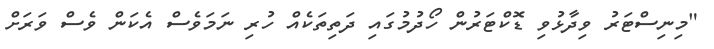
"މިނިސްޓަރު ވިދާޅުވި ޑޮކްޓަރުން ހޯދުމުގައި ދަތިތަކެއް ހުރި ނަމަވެސް އެކަން ވެސް ވަރަށް